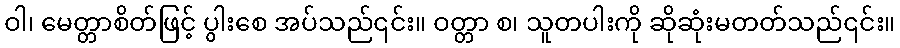
ဝါ၊ မေတ္တာစိတ်ဖြင့် ပွါးစေ အပ်သည်၎င်း။ ဝတ္တာ စ၊ သူတပါးကို ဆိုဆုံးမတတ်သည်၎င်း။